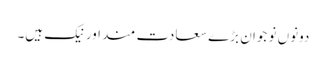
دونوں نو جوان بڑے سعادت مند اور نیک ہیں۔